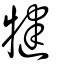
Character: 犍